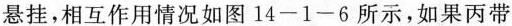
悬挂，相互作用情况如图14-1-6所示，如果丙带